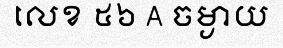
លេខ ៥៦ A ចម្ងាយ